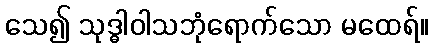
သေ၍ သုဒ္ဓါဝါသဘုံရောက်သော မထေရ်။